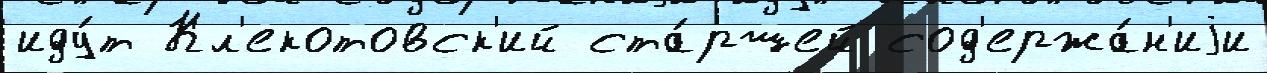
иду́т Кл'екотовск'ий ста́ршей сод'ержа́н'иjи